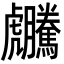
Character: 𧈜